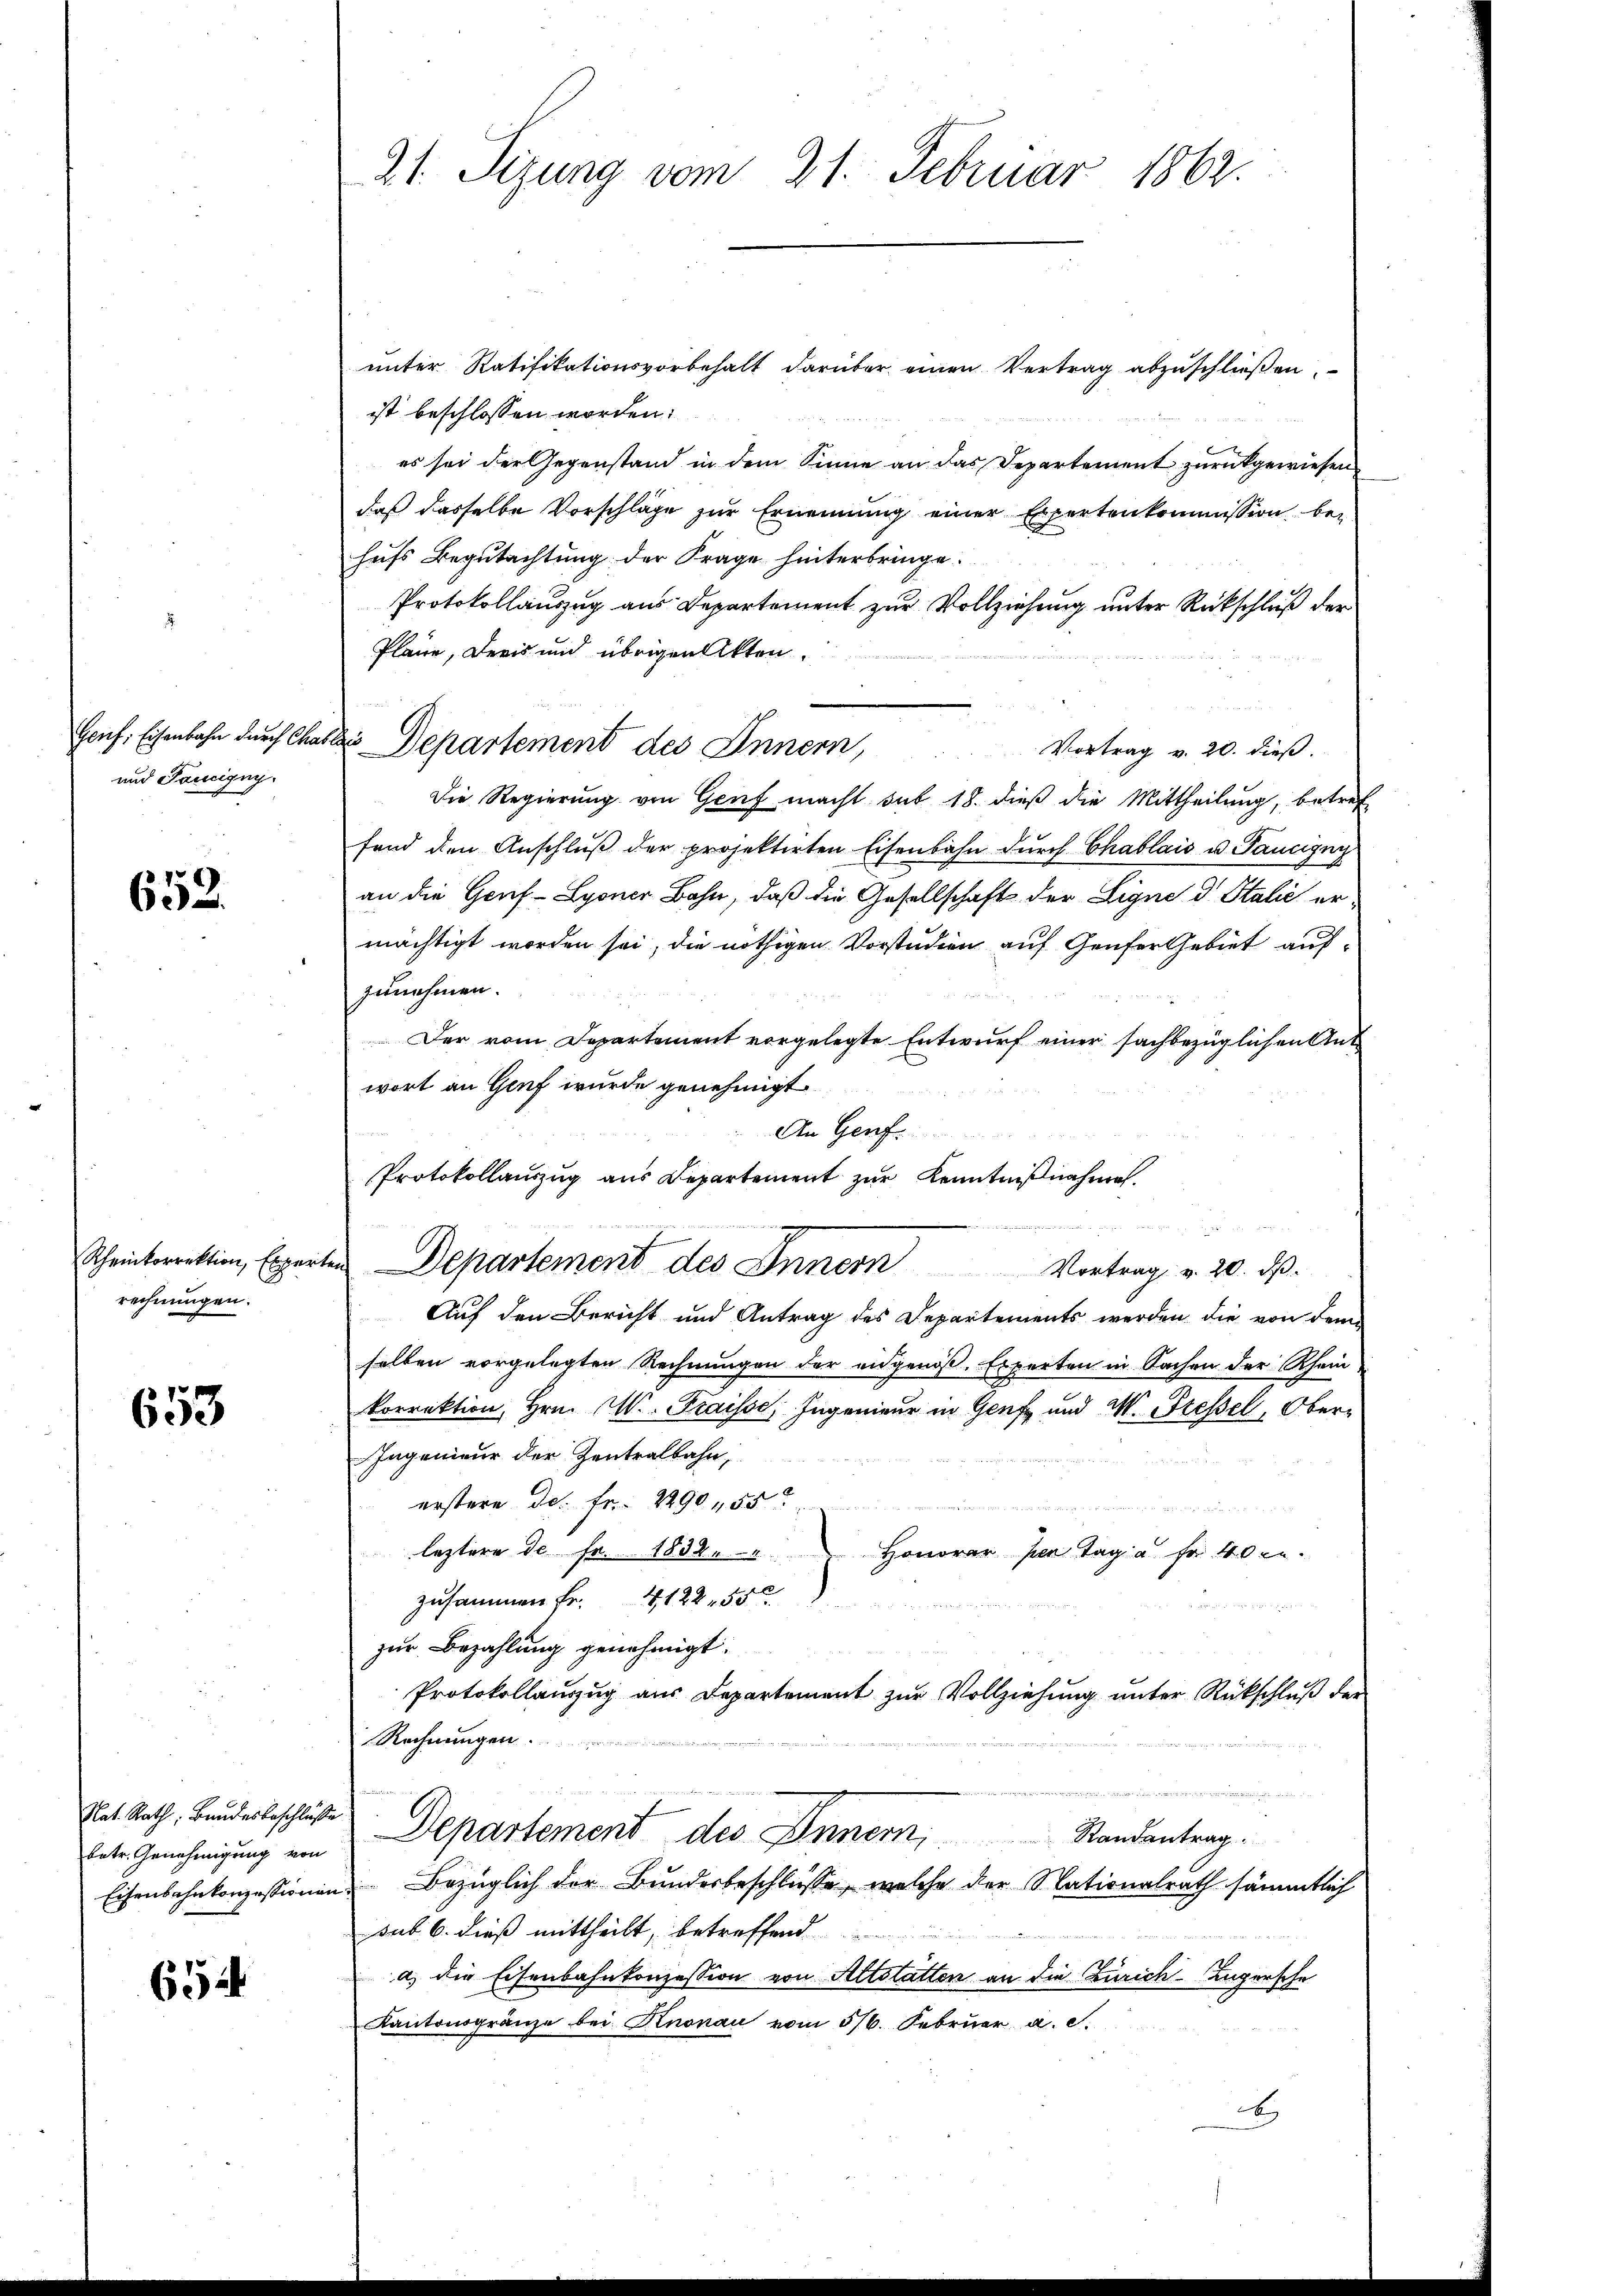
und Taucigny.

652.

rechnungen.

653

Nat. Rath, Bandesbeschlüsse

654

unter Ratifikationsvorbehalt darüber einen Vertrag abzuschließen.
ist beschlossen worden.
es sei der Gegenstand in dem Sinne an das Departement zurückgewiesen
daß dasselbe Vorschläge zur Ernennung einer Expertenkommission behufs Begutachtung der Frage hinterbringe.
Protokollauszug aus Departement zur Vollziehung unter Rückschluß der
Plane, Dreis und übrigen Akten.
Vortrag v. 20. dieß.
Die Regierung von Genf macht sub 18. dieß die Mittheilung, betref
fend den Anschluß der projektirten Eisenbahn durch Chablais u. Panigny
an die Genf Lyoner Bahn, daß die Gesellschaft der Ligne d. Stalić ermächtigt worden sei, die nöthigen Vorstudien auf Genfer Gebiet aufzunehmen.
Der vom Departement vorgelegte Entwurf einer sachbezüglichen Ant
wort an Genf wurde genehmigt
An Genf.
Protokollauszug aus Departement zur Kenntnißnahmen.
i
c
Scheinkorrektion, Experten Departemens des Innern
Vortrag v. 20. ds.
Auf den Bericht und Antrag des Departements werden die von dem
selben vorgelegten Rechnungen der eidgenöß. Experten in Sachen der Rhein
korrektion, Hrn. M. Fraisse, Ingenieur in Genf und M. Fressel, Ober¬
Ingenieur der Zentralbahn,
erstere d. fr. 2290, 55
leztere de fr. 1832. " " Honorar pen Tag u. fr. 40 re
zusammen fr. 4122. 55
zur Bezahlung genehmigt.
Protokollanzug aus Departement zur Vollziehung unter Rückschluß der
Rechnungen.
 ihr in der der et
.
dete Genehmigung an Departement des Innern, Standentrag.
Eisenbahnkonzessionen Bezüglich der Bundesbeschlüsse, welche der Nationalrath sämmtlich
sub. 6. dieß mittheilt, betreffend .............
a) die Eisenbahnkonzession von Altstatten an die Zürich-Kugersche
Kantonsgränze bei Knonau vom 5/6. Februar a. c.
x

21. Segung vom 21. Februar 1862.

Gruf; Eisenbahn durch Chablis Departement des Innern,